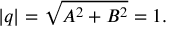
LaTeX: | q | = { \sqrt { A ^ { 2 } + B ^ { 2 } } } = 1 .